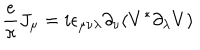
LaTeX: { \frac { e } { \pi } } J _ { \mu } = i \epsilon _ { \mu \nu \lambda } \partial _ { \nu } ( V ^ { \ast } \partial _ { \lambda } V )